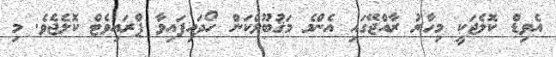
އެވިޑް ކޮލެޖަކީ މިހާރު ރާއްޖޭގައި އެންމެ މަޤުބޫލްކަން ހޯދައިފައިވާ ޕްރައިވެޓް ކޮލެޖެވެ. މި